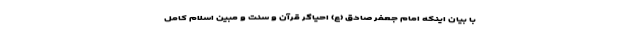
با بیان اینکه امام جعفر صادق (ع) احیاگر قرآن و سنت و مبین اسلام کامل